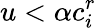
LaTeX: u<\alpha c_{i}^{r}